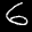
Label: 6